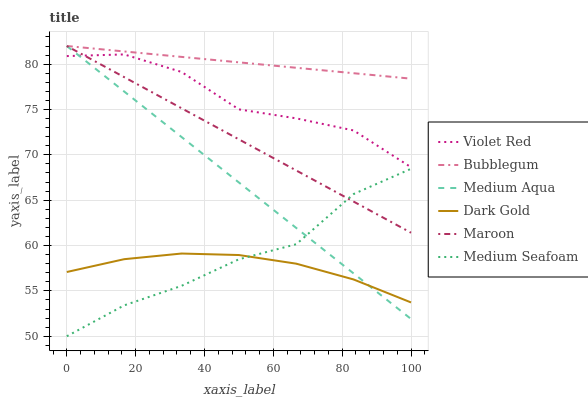
| xaxis_label | Violet Red | Bubblegum | Medium Aqua | Dark Gold | Maroon | Medium Seafoam |
 | --- | --- | --- | --- | --- | --- | --- |
 | 0 | 80.9 | 82 | 82 | 57.1 | 82 | 50 |
 | 16.7 | 81.1 | 81.4 | 77 | 58.5 | 78.6 | 53.4 |
 | 33.3 | 79.1 | 80.8 | 72 | 59.1 | 75.1 | 55.6 |
 | 50 | 75 | 80.2 | 67 | 59 | 71.7 | 58.5 |
 | 66.7 | 74 | 79.6 | 61.9 | 58 | 68.3 | 60.2 |
 | 83.3 | 72.7 | 79 | 56.9 | 56.3 | 64.8 | 65.7 |
 | 100 | 68.6 | 78.4 | 51.9 | 53.7 | 61.4 | 68.5 |